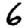
Digit: 6